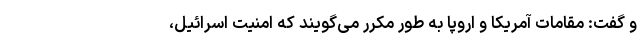
و گفت: مقامات آمریکا و اروپا به طور مکرر می‌گویند که امنیت اسرائیل،